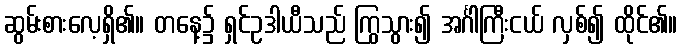
ဆွမ်းစားလေ့ရှိ၏။ တနေ့၌ ရှင်ဥဒါယီသည် ကြွသွား၍ အင်္ဂါကြီးငယ် လှစ်၍ ထိုင်၏။